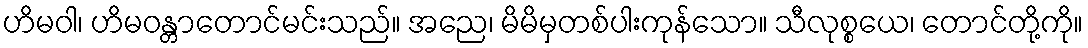
ဟိမဝါ၊ ဟိမဝန္တာတောင်မင်းသည်။ အညေ၊ မိမိမှတစ်ပါးကုန်သော။ သီလုစ္စယေ၊ တောင်တို့ကို။